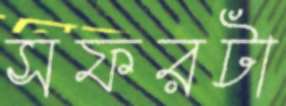
সফরটা